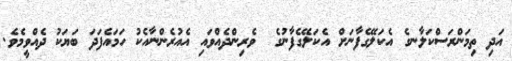
އަދި ތިމަންރަސްކަލާނގެ އެކަލޭގެފާނަށް އެކަލޭގެފާނުގެ  ވެރިންދެއްވައި އެއުރެންނާއެކު ހަމައެފަދަ ބަޔަކު ދެއްވީމެވެ.